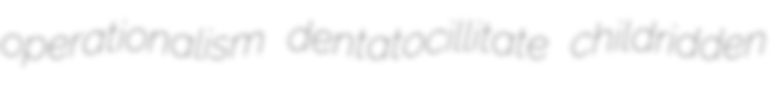
operationalism dentatocillitate childridden